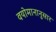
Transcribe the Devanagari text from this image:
वयोमानानुसार